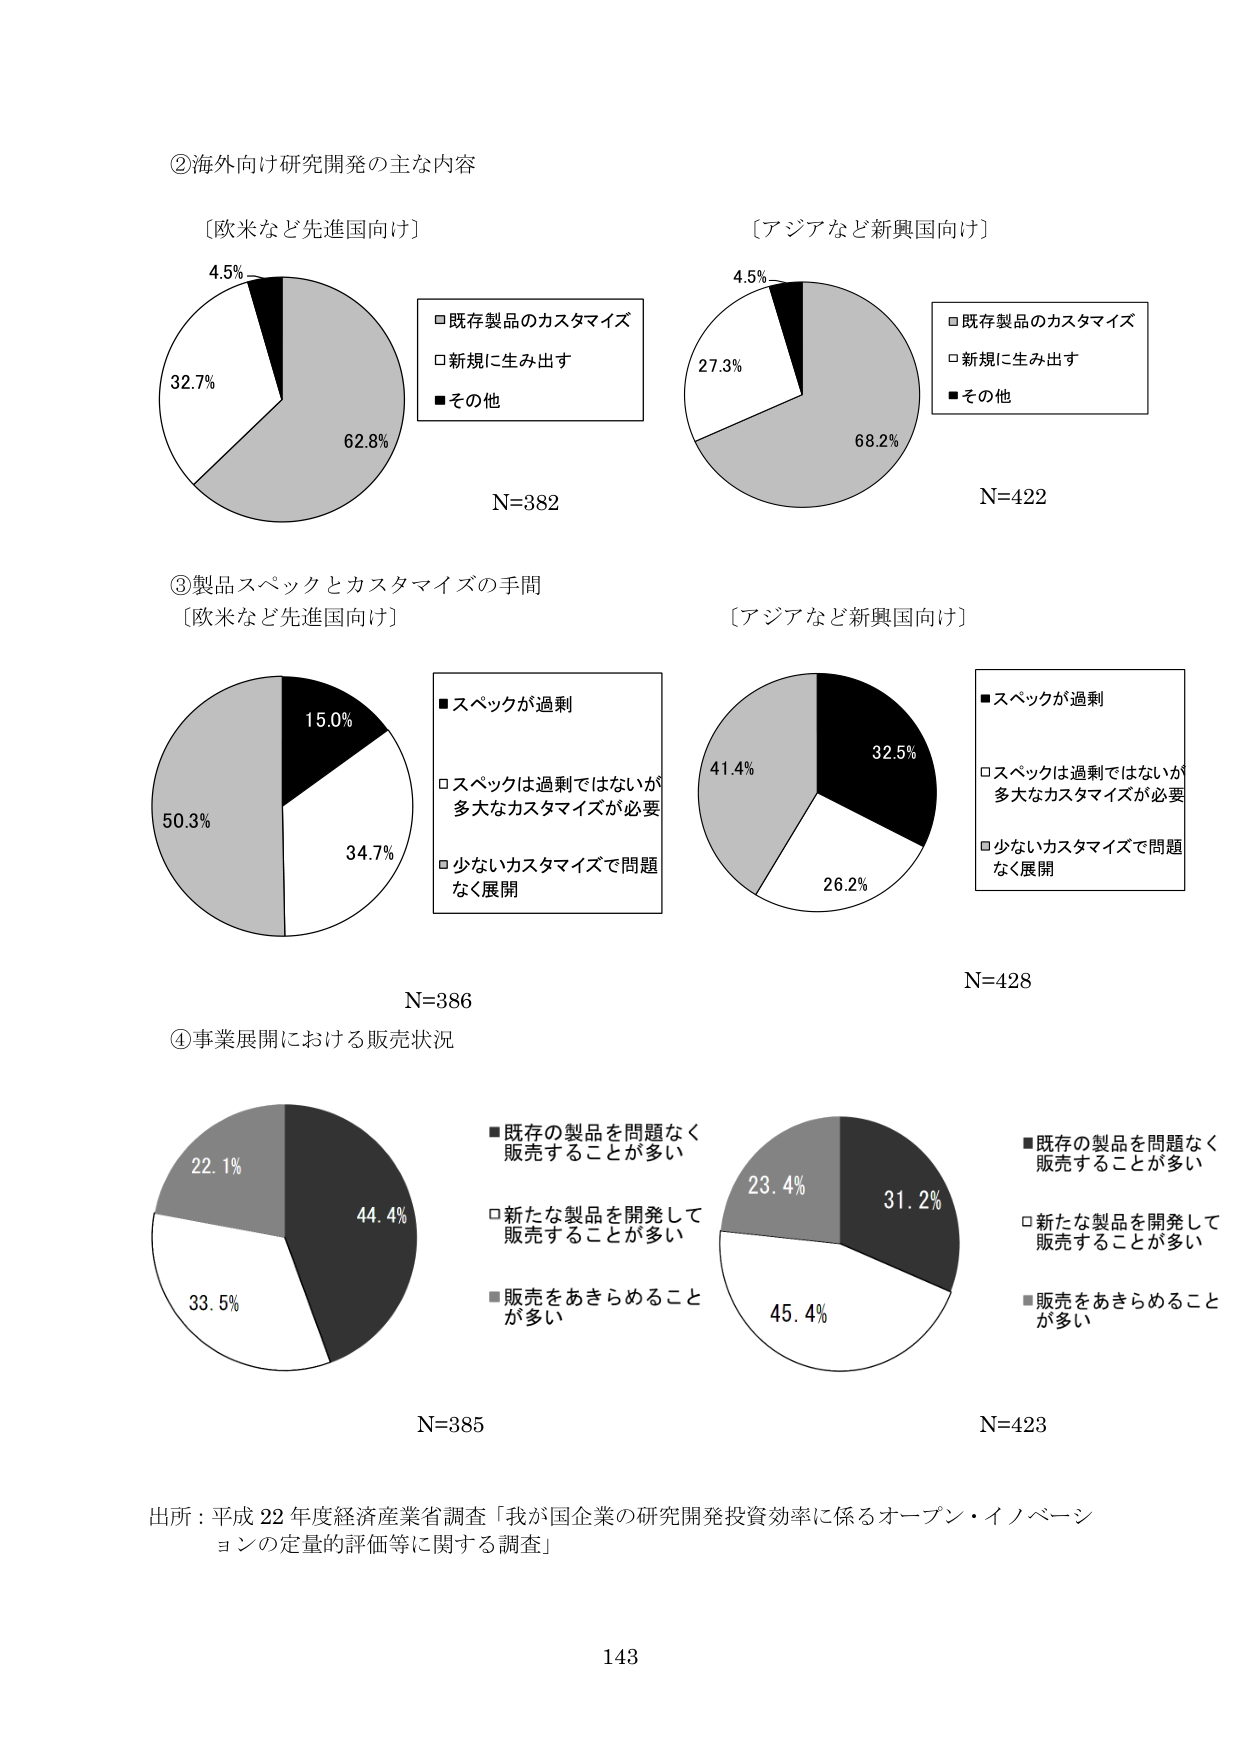
②海外向け研究開発の主な内容

〔欧米など先進国向け〕
4.5%
32.7%
62.8%
□既存製品のカスタマイズ
□新規に生み出す
■その他
N=382

〔アジアなど新興国向け〕
4.5%
27.3%
68.2%
□既存製品のカスタマイズ
□新規に生み出す
■その他
N=422

③製品スペックとカスタマイズの手間

〔欧米など先進国向け〕
50.3%
15.0%
34.7%
■スペックが過剰
□スペックは過剰ではないが多大なカスタマイズが必要
□少ないカスタマイズで問題なく展開
N=386

〔アジアなど新興国向け〕
41.4%
32.5%
26.2%
■スペックが過剰
□スペックは過剰ではないが多大なカスタマイズが必要
□少ないカスタマイズで問題なく展開
N=428

④事業展開における販売状況

22.1%
44.4%
33.5%
■既存の製品を問題なく販売することが多い
□新たな製品を開発して販売することが多い
■販売をあきらめることが多い
N=385

23.4%
31.2%
45.4%
■既存の製品を問題なく販売することが多い
□新たな製品を開発して販売することが多い
■販売をあきらめることが多い
N=423

出所：平成22年度経済産業省調査「我が国企業の研究開発投資効率に係るオープン・イノベーションの定量的評価等に関する調査」

143